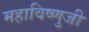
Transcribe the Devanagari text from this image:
महाविष्णुजी